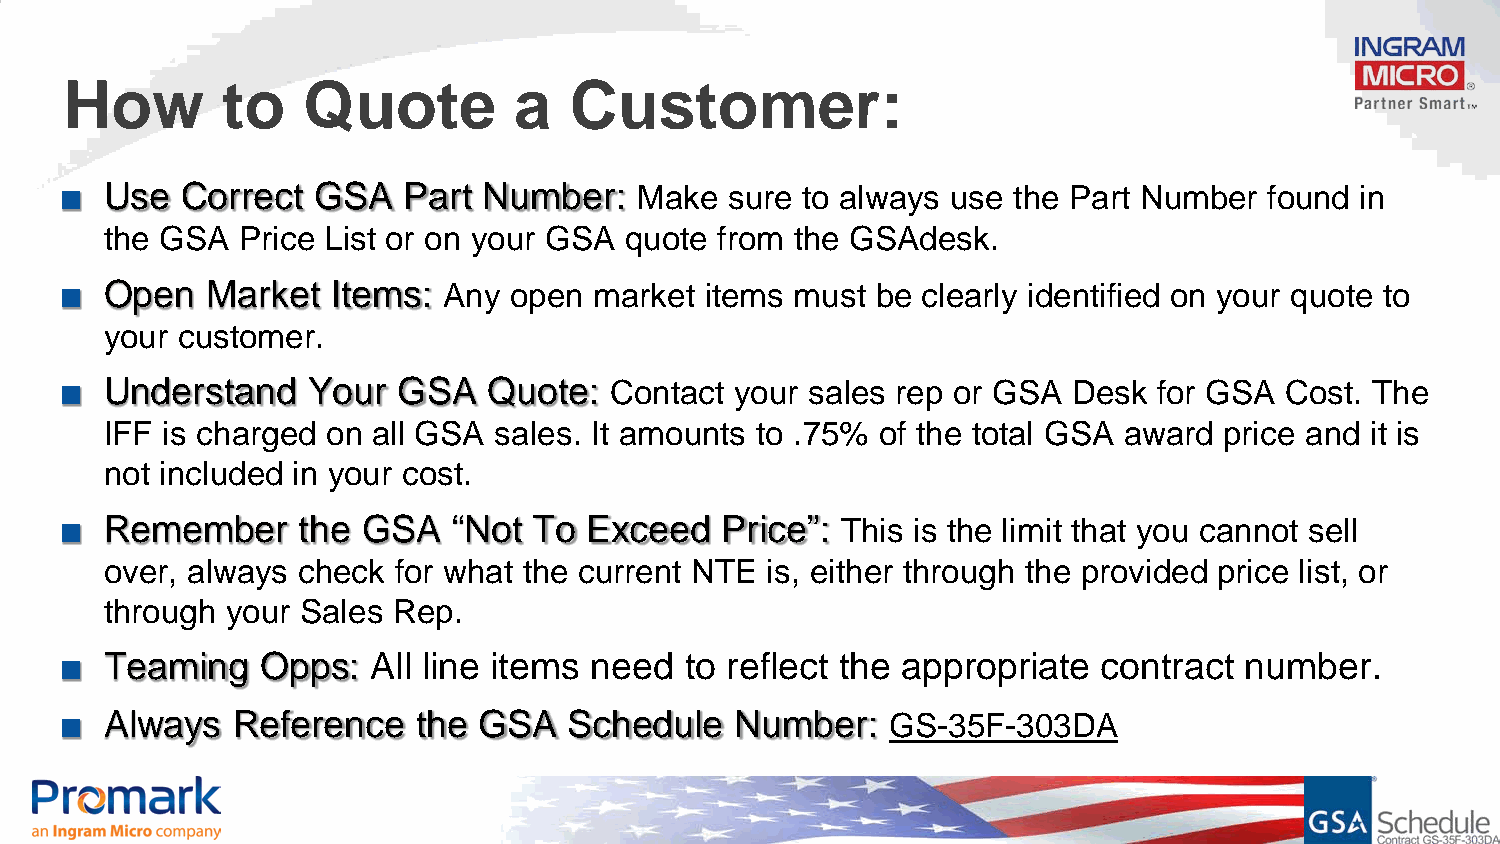
How        to   Quote         a   Customer:
 ■  Use  Correct  GSA   Part Number:   Make  sure to always use the Part Number  found in
 the GSA  Price List or on your GSA quote from the GSAdesk.
 ■  Open   Market  Items: Any  open market  items must be clearly identified on your quote to
 your customer.
 ■  Understand   Your  GSA   Quote:  Contact  your sales rep or GSA Desk  for GSA Cost. The
 IFF is charged on all GSA sales. It amounts to .75% of the total GSA award price and it is
 not included in your cost.
 ■  Remember     the GSA   “Not To  Exceed   Price”: This is the limit that you cannot sell
 over, always check for what the current NTE is, either through the provided price list, or
 through your Sales Rep.
 ■  Teaming   Opps:   All line items need to reflect the appropriate  contract number.
 ■  Always  Reference    the GSA   Schedule   Number:   GS-35F-303DA
 Confidential and proprietary information of Ingram Micro Inc. — Do not distribute or duplicate without Ingram Micro's express written permission. 1403007_9